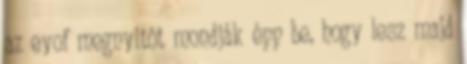
az eyof megnyitót mondják épp be, hogy lesz majd